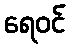
ရေဝင်